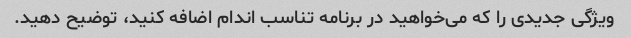
ویژگی جدیدی را که می‌خواهید در برنامه تناسب اندام اضافه کنید، توضیح دهید.